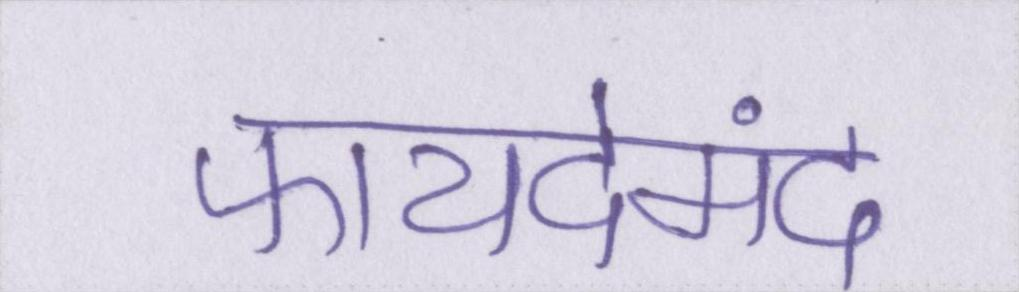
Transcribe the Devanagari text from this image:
फायदेमंद